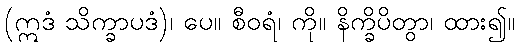
(ဣဒံ သိက္ခာပဒံ)၊ ပေ။ စီဝရံ၊ ကို။ နိက္ခိပိတွာ၊ ထား၍။